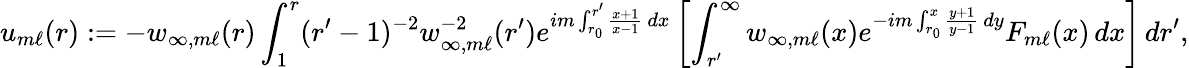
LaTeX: u_{m\ell}(r):=-w_{\infty,m\ell}(r)\int_{1}^{r}(r^{\prime}-1)^{-2}w_{\infty,m\ell}^{-2}(r^{\prime})e^{im\int_{r_{0}}^{r^{\prime}}\frac{x+1}{x-1}\, dx}\left[\int_{r^{\prime}}^{\infty}w_{\infty,m\ell}(x)e^{-im\int_{r_{0}}^{x}\frac{y+1}{y-1}\, dy}F_{m\ell}(x)\, dx\right]\, dr^{\prime},